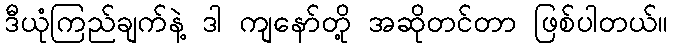
ဒီယုံကြည်ချက်နဲ့ ဒါ ကျနော်တို့ အဆိုတင်တာ ဖြစ်ပါတယ်။